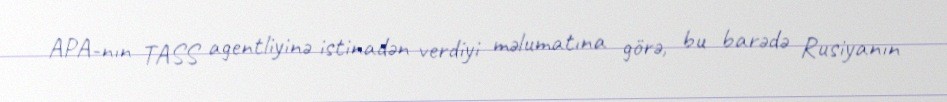
APA-nın TASS agentliyinə istinadən verdiyi məlumatına görə, bu barədə Rusiyanın